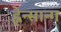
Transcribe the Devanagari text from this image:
ह्वेन्सान्ग